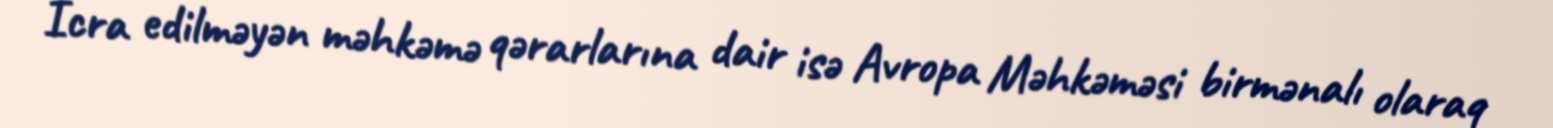
İcra edilməyən məhkəmə qərarlarına dair isə Avropa Məhkəməsi birmənalı olaraq